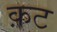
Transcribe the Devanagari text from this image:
क़ट